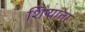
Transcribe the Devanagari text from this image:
शिष्याता